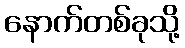
နောက်တစ်ခုသို့